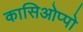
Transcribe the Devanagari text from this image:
कासिओप्पो